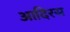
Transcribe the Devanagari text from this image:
आदिरस